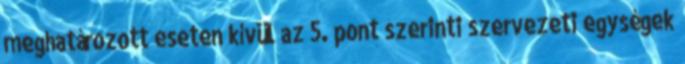
meghatározott eseten kívül az 5. pont szerinti szervezeti egységek